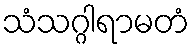
သံသဂ္ဂါရာမတံ